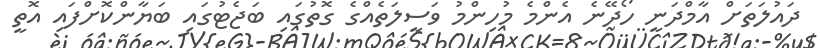
ދައުލަތަށް އާމްދަނީ ހޯދޭނެ އެންމެ މުހިންމު ވަސީލަތެއްގެ ގޮތުގައި ބަޖެޓުގައި ބަޔާންކޮށްފައި އޮތީ